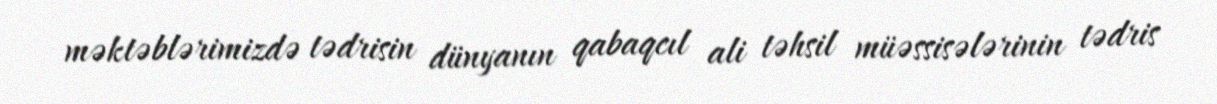
məktəblərimizdə tədrisin dünyanın qabaqcıl ali təhsil müəssisələrinin tədris